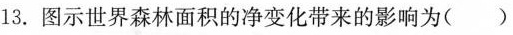
13.图示世界森林面积的净变化带来的影响为（）